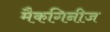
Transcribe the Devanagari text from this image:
मैकगिनीज